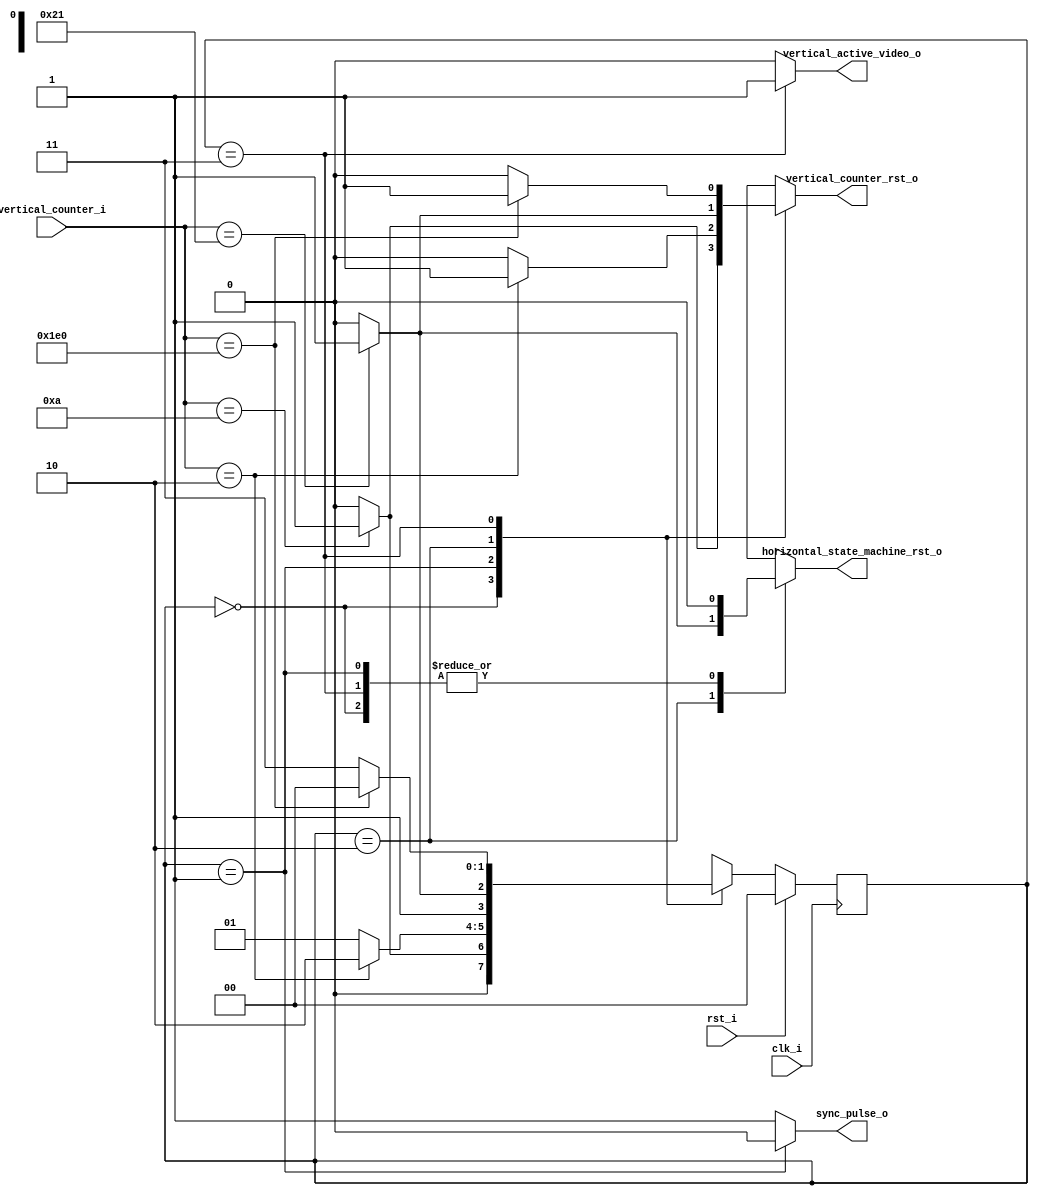
module vertical_state_machine (
  input clk_i,
  input rst_i,
  input [8:0] vertical_counter_i,

  // Mealy Outputs
  output reg horizontal_state_machine_rst_o,
  output reg vertical_counter_rst_o,

  // Moore Outputs
  output reg vertical_active_video_o,
  output reg sync_pulse_o
);

reg [1:0] state, nextstate;

localparam STATE_FRONT_PORCH = 0;
localparam STATE_SYNC_PULSE = 1;
localparam STATE_BACK_PORCH = 2;
localparam STATE_ACTIVE_VIDEO = 3;

always @(posedge clk_i) begin
	if (rst_i) begin
		state <= STATE_FRONT_PORCH;
	end else begin
		state <= nextstate;
	end
end

// Mealy Outputs and nextstate
always @(*) begin
  horizontal_state_machine_rst_o = 1'b0;
  vertical_counter_rst_o = 1'b0;

  case (state)
    STATE_FRONT_PORCH:
      if (vertical_counter_i == 9'd10) begin
        vertical_counter_rst_o = 1'b1;
        nextstate = STATE_SYNC_PULSE;
      end else begin
        nextstate = STATE_FRONT_PORCH;
      end

    STATE_SYNC_PULSE:
      if (vertical_counter_i == 9'd2) begin
        vertical_counter_rst_o = 1'b1;
        nextstate = STATE_BACK_PORCH;
      end else begin
        nextstate = STATE_SYNC_PULSE;
      end

    STATE_BACK_PORCH:
      if (vertical_counter_i == 9'd33) begin
        vertical_counter_rst_o = 1'b1;
        horizontal_state_machine_rst_o = 1'b1;
        nextstate = STATE_ACTIVE_VIDEO;
      end else begin
        nextstate = STATE_BACK_PORCH;
      end

    STATE_ACTIVE_VIDEO:
      if (vertical_counter_i == 9'd480) begin
        vertical_counter_rst_o = 1'b1;
        nextstate = STATE_FRONT_PORCH;
      end else begin
        nextstate = STATE_ACTIVE_VIDEO;
      end
  endcase
end

// Moore Outputs
always @(*) begin
  vertical_active_video_o = 1'b0;
  sync_pulse_o = 1'b1;

  case (state)
    STATE_SYNC_PULSE:
    begin
      sync_pulse_o = 1'b0;
    end
    STATE_ACTIVE_VIDEO:
    begin
      vertical_active_video_o = 1'b1;
    end
  endcase
end

endmodule